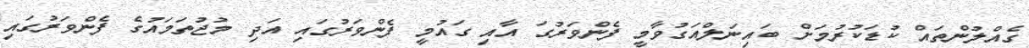
ގެއްލުންތައް ކުޑަކުރުމަށް ބައިނަލްއަގުވާމީ ފެންވަރުގަ އާއި ގައުމީ ފެންވަރުގައި އަދި މުޖުތަމައުގެ ފެންވަރުގައި